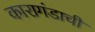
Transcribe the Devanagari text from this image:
कारागंडाची